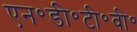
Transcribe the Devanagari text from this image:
एन॰डी॰टी॰वी॰